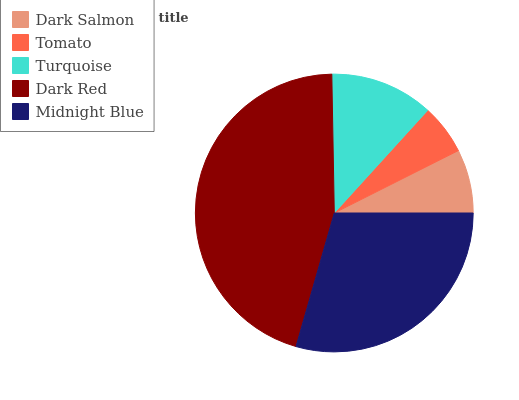
| Dark Salmon | Tomato | Turquoise | Dark Red | Midnight Blue |
 | --- | --- | --- | --- | --- |
 | 7.42% | 5.84% | 12% | 45.2% | 29.5% |